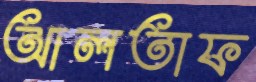
আলতাফ